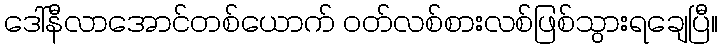
ဒေါ်နီလာအောင်တစ်ယောက် ဝတ်လစ်စားလစ်ဖြစ်သွားရချေပြီ။